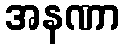
အနဏာ